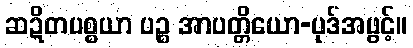
ဆဍိတပစ္စယာ ပဉ္စ အာပတ္တိယော-ပုဒ်အဖွင့်။